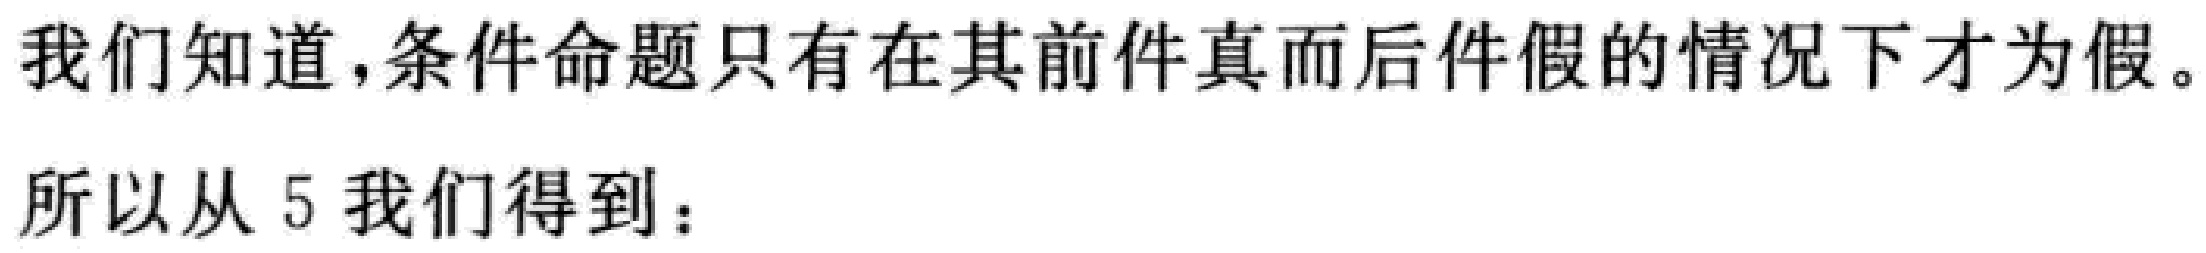
我们知道，条件命题只有在其前件真而后件假的情况下才为假。
所以从 5 我们得到：